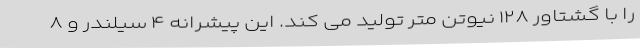
را با گشتاور ۱۲۸ نیوتن متر تولید می کند. این پیشرانه ۴ سیلندر و ۸